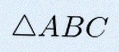
\triangle ABC